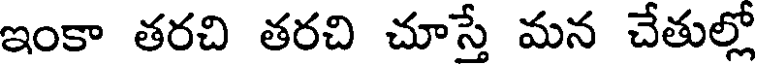
ఇంకా తరచి తరచి చూస్తే మన చేతుల్లో